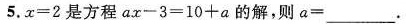
5.=2是方程ax-3=10+a 的解,则α=___.